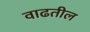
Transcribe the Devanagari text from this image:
वाढतील